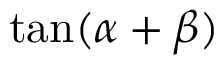
\tan ( \alpha + \beta )